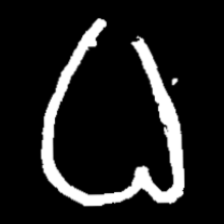
Pyu character \u2014 Myanmar letter: ဓ (romanized: dha)